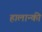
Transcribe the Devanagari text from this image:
हालान्की